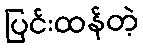
ပြင်းထန်တဲ့